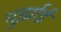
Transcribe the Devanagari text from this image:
मुर्झाई